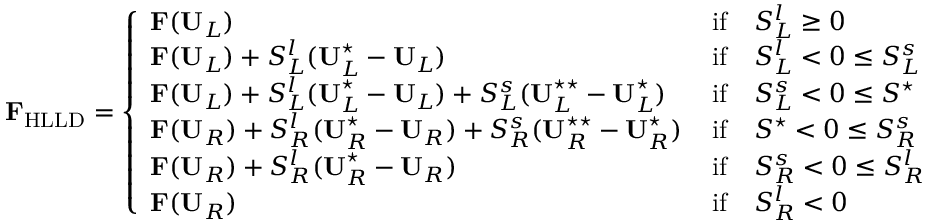
\mathbf { F } _ { \mathrm { H L L D } } = \left\{ \begin{array} { l l } { \mathbf { F } ( \mathbf { U } _ { L } ) \, } & { \mathrm { i f } \quad S _ { L } ^ { l } \geq 0 } \\ { \mathbf { F } ( \mathbf { U } _ { L } ) + S _ { L } ^ { l } ( \mathbf { U } _ { L } ^ { \star } - \mathbf { U } _ { L } ) \, } & { \mathrm { i f } \quad S _ { L } ^ { l } < 0 \leq S _ { L } ^ { s } } \\ { \mathbf { F } ( \mathbf { U } _ { L } ) + S _ { L } ^ { l } ( \mathbf { U } _ { L } ^ { \star } - \mathbf { U } _ { L } ) + S _ { L } ^ { s } ( \mathbf { U } _ { L } ^ { \star \star } - \mathbf { U } _ { L } ^ { \star } ) \, } & { \mathrm { i f } \quad S _ { L } ^ { s } < 0 \leq S ^ { \star } } \\ { \mathbf { F } ( \mathbf { U } _ { R } ) + S _ { R } ^ { l } ( \mathbf { U } _ { R } ^ { \star } - \mathbf { U } _ { R } ) + S _ { R } ^ { s } ( \mathbf { U } _ { R } ^ { \star \star } - \mathbf { U } _ { R } ^ { \star } ) \, } & { \mathrm { i f } \quad S ^ { \star } < 0 \leq S _ { R } ^ { s } } \\ { \mathbf { F } ( \mathbf { U } _ { R } ) + S _ { R } ^ { l } ( \mathbf { U } _ { R } ^ { \star } - \mathbf { U } _ { R } ) \, } & { \mathrm { i f } \quad S _ { R } ^ { s } < 0 \leq S _ { R } ^ { l } } \\ { \mathbf { F } ( \mathbf { U } _ { R } ) \, } & { \mathrm { i f } \quad S _ { R } ^ { l } < 0 } \end{array} \right.